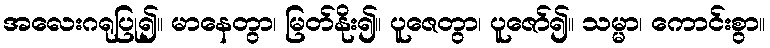
အလေးဂရုပြု၍။ မာနေတွာ၊ မြတ်နိုး၍။ ပူဇေတွာ၊ ပူဇော်၍။ သမ္မာ၊ ကောင်းစွာ။